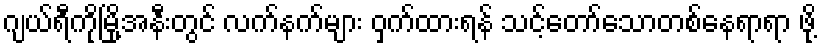
ဂျယ်ရီကိုမြို့အနီးတွင် လက်နက်များ ဝှက်ထားရန် သင့်တော်သောတစ်နေရာရာ ဖို့